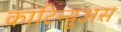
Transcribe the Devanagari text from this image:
कांटिन्युअस